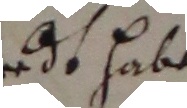
end habe